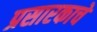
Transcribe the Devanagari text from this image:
प्रसारकाचे